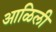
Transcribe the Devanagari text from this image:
आळिली